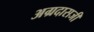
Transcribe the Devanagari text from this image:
अग्रदासजी